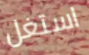
استغل